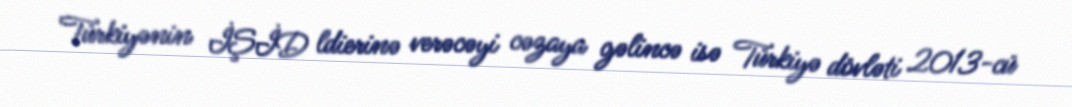
Türkiyənin İŞİD ldierinə verəcəyi cəzaya gəlincə isə Türkiyə dövləti 2013-cü